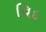
વિદ